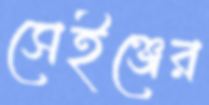
সেইঞ্জের